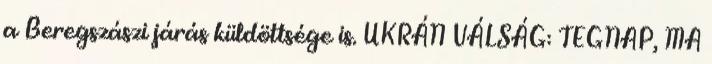
a Beregszászi járás küldöttsége is. UKRÁN VÁLSÁG: TEGNAP, MA